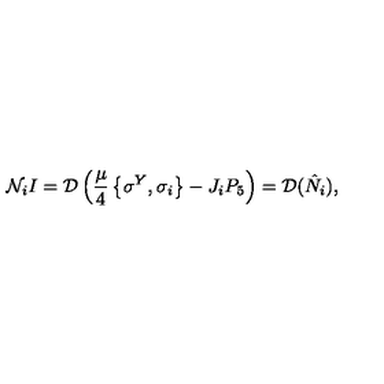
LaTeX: { \cal N } _ { i } I = { \cal D } \left( \frac { \mu } { 4 } \left\{ \sigma ^ { Y } , \sigma _ { i } \right\} - J _ { i } P _ { 5 } \right) = { \cal D } ( \hat { N } _ { i } ) ,